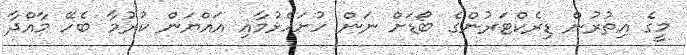
މީގެ އިތުރުން ޑިރެކްޓަރުންގެ ބޯޑަށް ނަން ހުށަހެޅުމާއި އައްޔަން ކުރުމާ ބެހޭ މާއްދާ